Burma Government Medical School reports 1923-41
Year: 1923
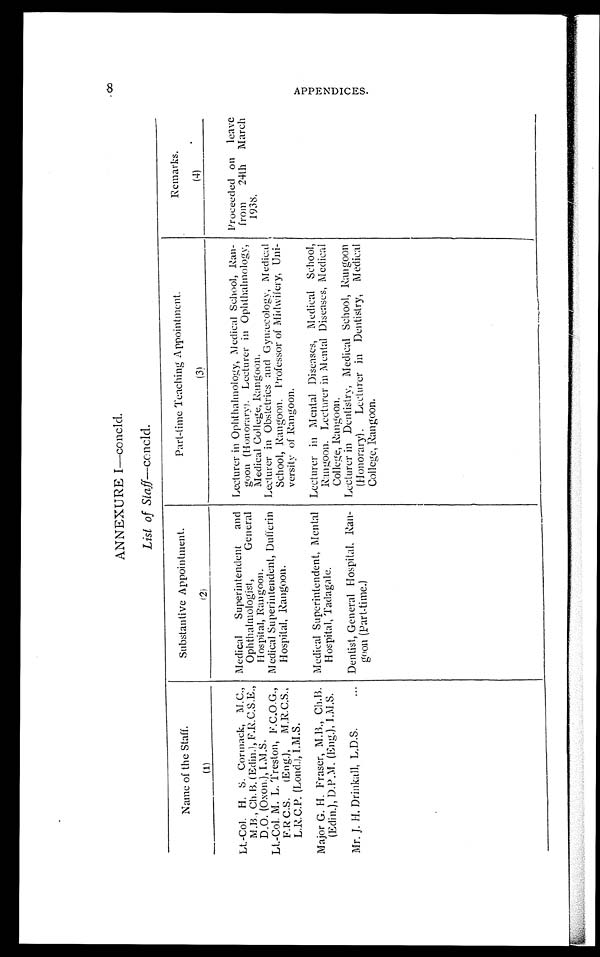
ANNEXURE I—concld.
List of Staff—concld.
Name of the Staff.
(1)
Substantive Appointment.
( 2 )
Part-time Teaching Appointment.
( 3 )
Remarks.
(4)
Lt.-Col. H. S. Corinack, M.C.,
M. B., Ch. B. (Edin.), F.R.C.S.E.,
D.O. (Oxon.), I.M.S.
Medical Superintendent and
Ophthalmologist, General
Hospital, Rangoon.
Lecturer in Ophthalmology, Medical School, Ran-
goon (Honorary). Lecturer in Ophthalmology,
Medical College, Rangoon.
Proceeded on leave
from 24th March
1938.
Lt.-Col. M. L. Treston, F.C.O.G.,
FR C.S. (Eng.), M.R.C.S.,
L.R.C.P. (Lond.), I.M.S.
Medical Superintendent, Dufferin
Hospital, Rangoon.
Lecturer in Obstetrics and Gynæcology, Medical
School, Rangoon. Professor of Midwifery, Uni-
versity of Rangoon.
Major G. H. Fraser, M.B., Ch.B.
(Edin.), D.P.M. (Eng.), I.M.S.
Medical Superintendent, Mental
Hospital, Tadagale.
Lecturer in Mental Diseases, Medical School,
Rangoon. Lecturer in Mental Diseases, Medical
College, Rangoon.
Mr. J. H. Drinkall, L.D.S.
Dentist, General Hospital, Ran-
goon (Part-time.)
Lecturer in Dentistry, Medical School, Rangoon
(Honorary). Lecturer in Dentistry, Medical
College, Rangoon.
ro
C)
t